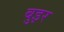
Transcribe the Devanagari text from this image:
बुइर